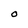
Character: O